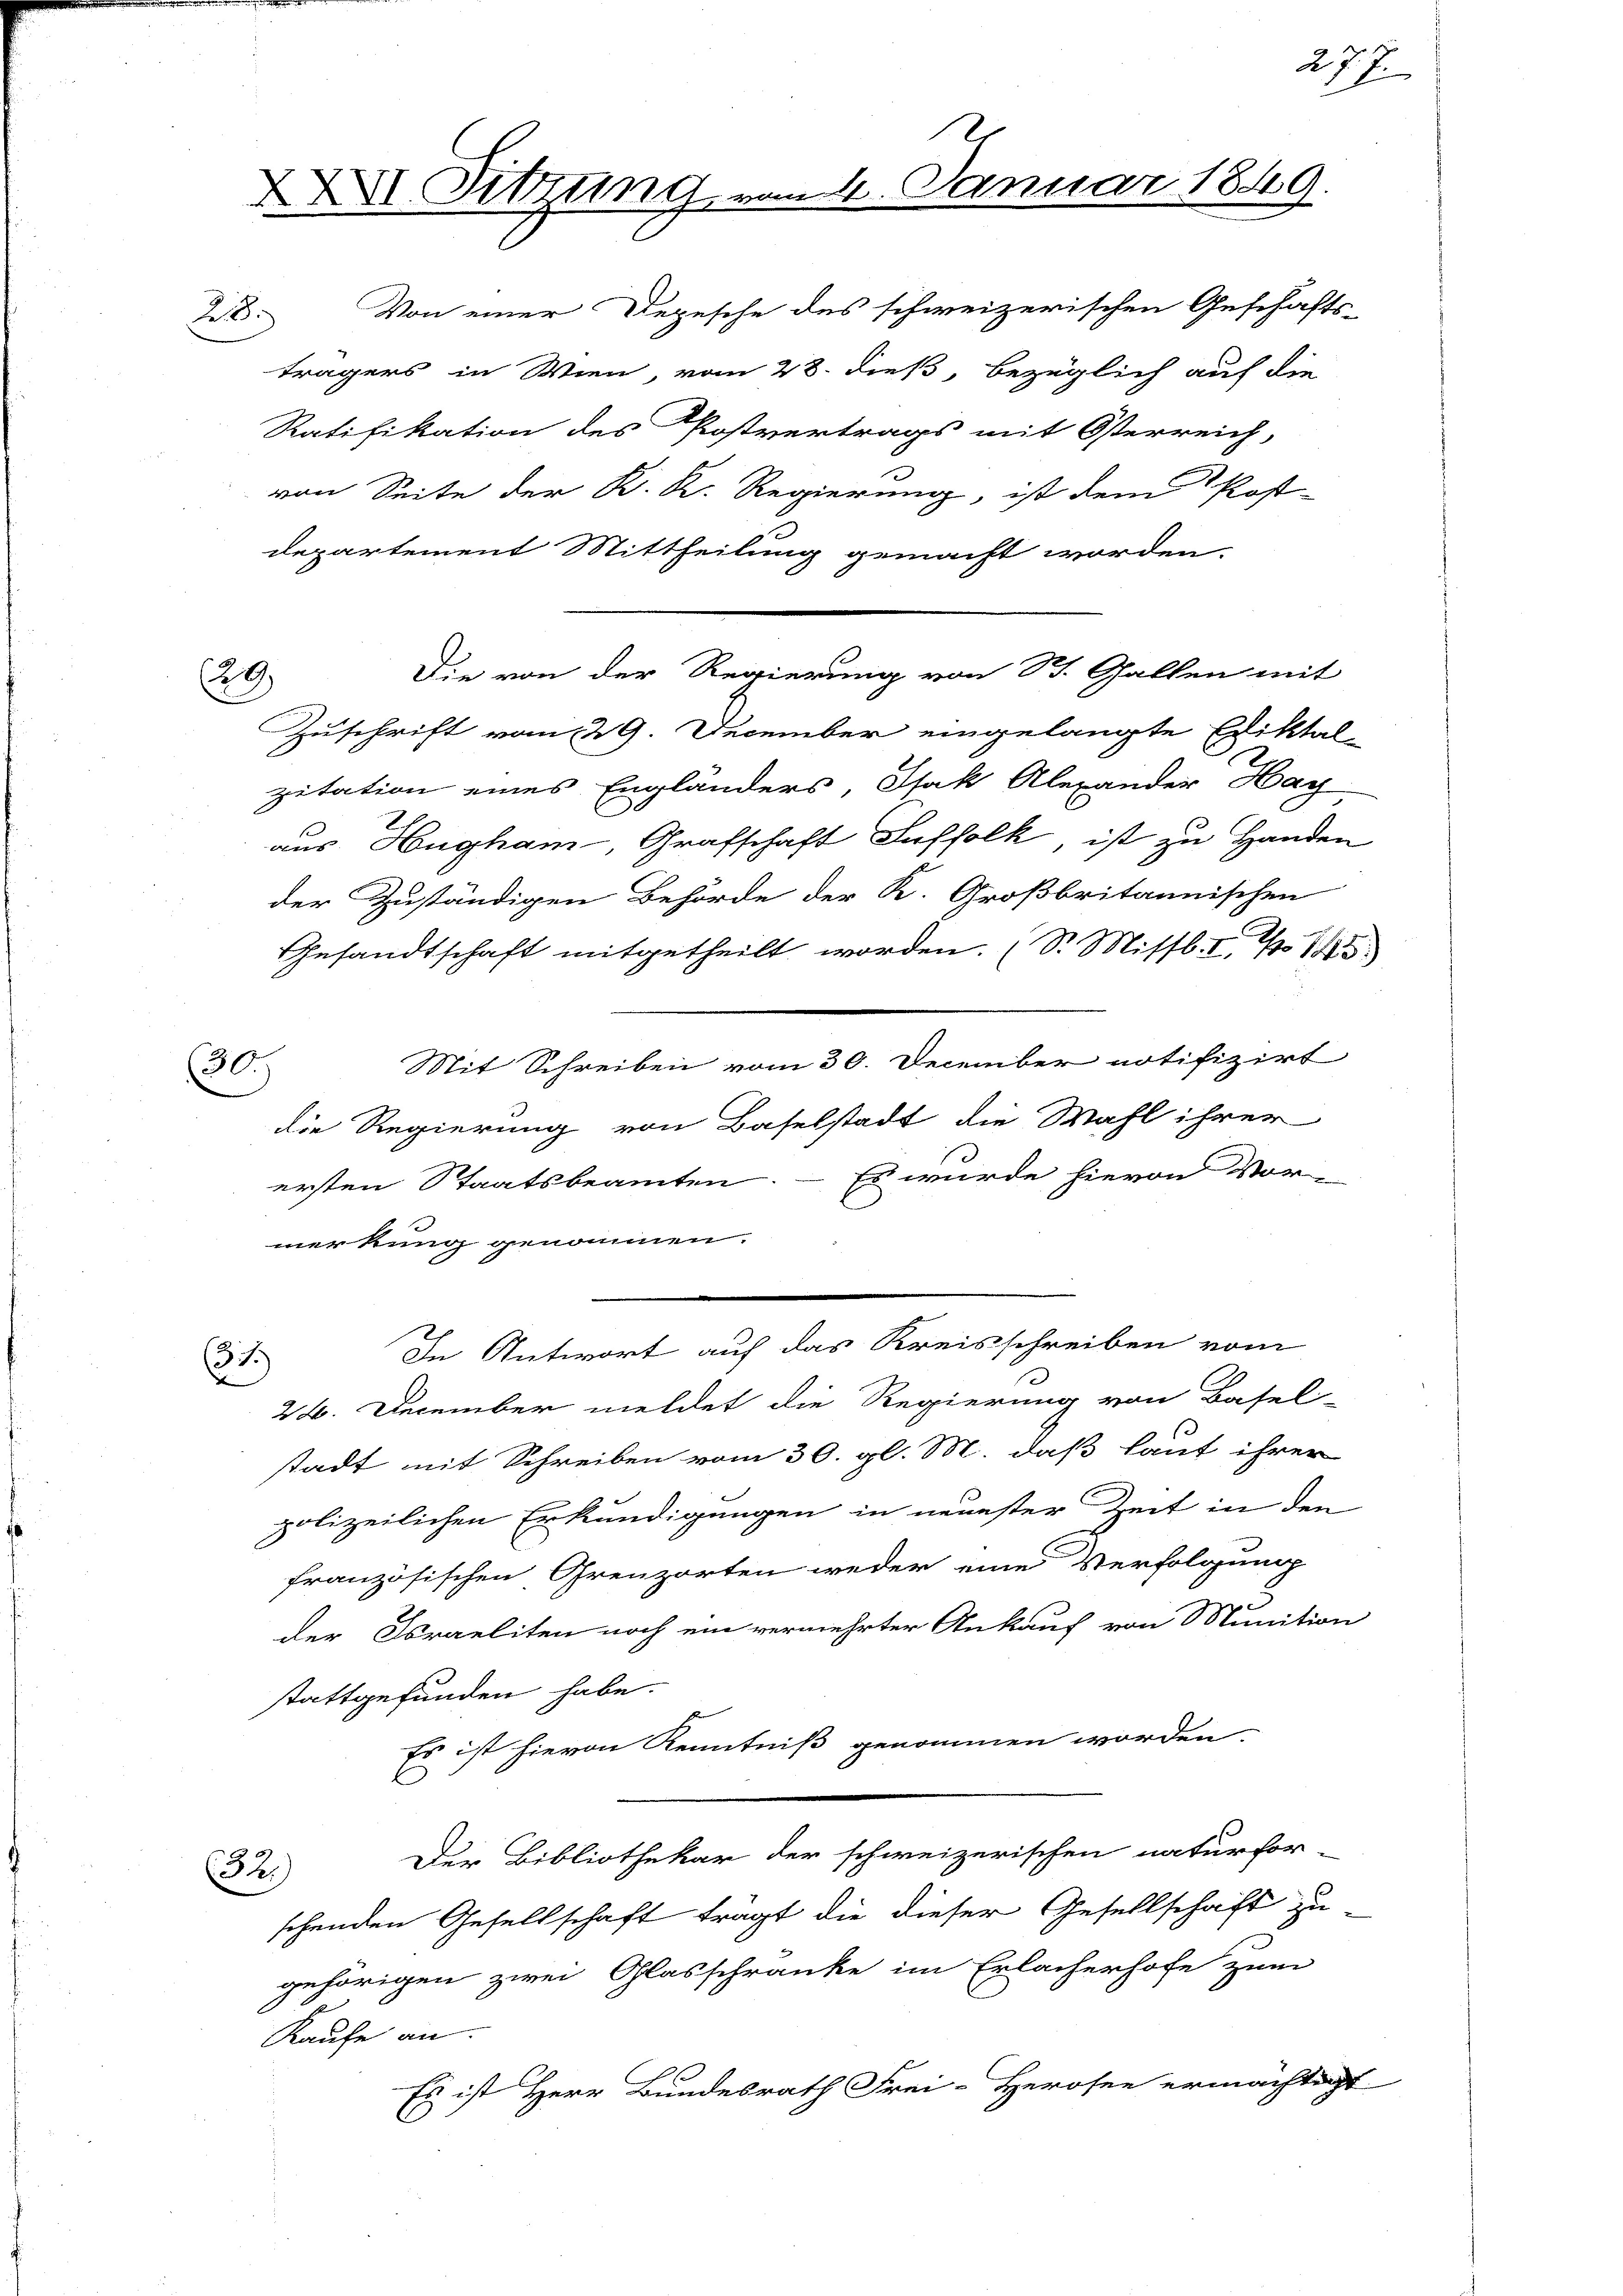
30.)

XII. Sitzung vom 4. Januar 1849.

29

2. Von einer Depesche des schweizerischen Geschäfts-
trägers in Wien, vom 28. dieß, bezüglich auf die
Ratifikation des Postvertrags mit Österreich,
von Seite der K. K. Regierung, ist dem Post-
departement Mittheilung gemacht worden.
Die von der Regierung von St. Gallen mit
Zuschrift vom 29. December eingelangte Ediktal-
pitation eines Englanders, Isak Alexander Hay
aus Hugham, Grafschaft Saffolk, ist zu Handen
der Zuständigen Behörde der K. Großbritannischen
Gesandtschaft mitgetheilt worden. (S. Missl. I 1
Mit Schreiben vom 30. December notifizirt
die Regierung von Baselstadt die Wahl ihrer
ersten Staatsbeamten. – Es wurde hievon Vor-
merkung genommen.
In Antwort auf das Kreisschreiben vom
31.)
d
26. December meldet die Regierung von Basel-
stadt mit Schreiben vom 30. gl. M. daß laut ihrer
polizeilichen Erkundigungen in neuester Zeit in den
französischen Grenzorten weder eine Verfolgung
der Straeliten noch ein vermehrter Ankauf von Munition
stattgefunden habe.
Es ist hievon Kenntniß genommen worden.
Der Bibliothekar der schweizerischen naturfor-
32.)
schenden Gesellschaft tragt die dieser Gesellschaft zu-
gehörigen zwei Glasschränke im Erlacherhofe zum
Kaufe an
Es ist Herr Bundesrath Frei-Herosen ermächtigt
C

277.